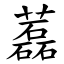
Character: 藞